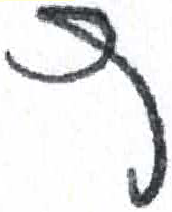
אות: ץ